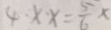
4 \times x = \frac { 5 } { 6 } x